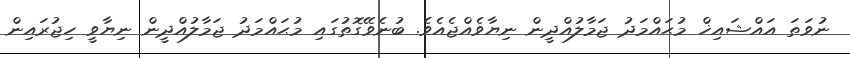
ނުވަތަ އައްޝައިޚް މުޙައްމަދު ޖަމާލުއްދީން ނިޔާވެއްޖެއެވެ. ބުނެވޭގޮތުގައި މުޙައްމަދު ޖަމާލުއްދީން ނިޔާވީ ހިޖުރައިން